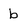
Character: b